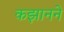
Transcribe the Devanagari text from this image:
कझानने